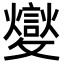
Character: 𣀢